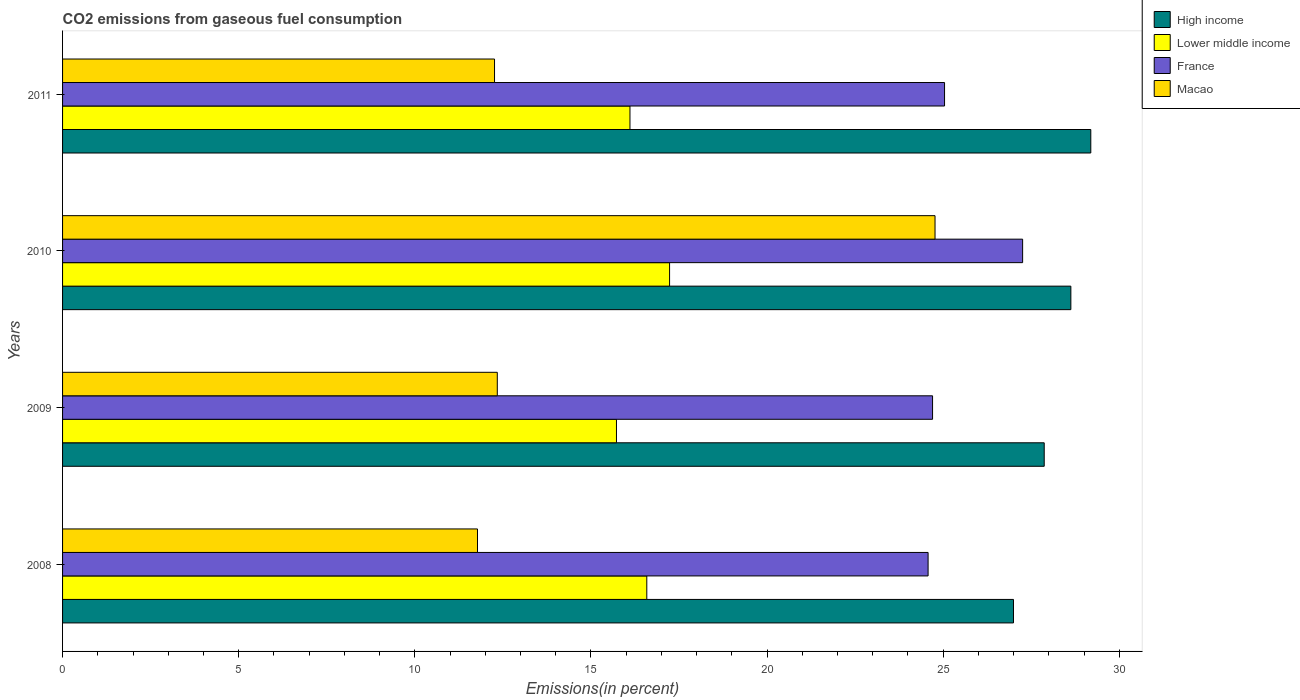
| Years | High income | Lower middle income | France | Macao |
 | --- | --- | --- | --- | --- |
 | 2008 | 27 | 16.6 | 24.6 | 11.8 |
 | 2009 | 27.9 | 15.7 | 24.7 | 12.3 |
 | 2010 | 28.6 | 17.2 | 27.3 | 24.8 |
 | 2011 | 29.2 | 16.1 | 25 | 12.3 |